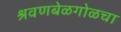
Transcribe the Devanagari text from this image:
श्रवणबेळगोळचा